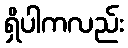
ရှိပါကလည်း